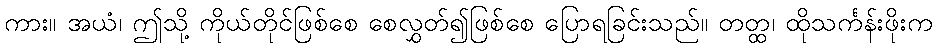
ကား။ အယံ၊ ဤသို့ ကိုယ်တိုင်ဖြစ်စေ စေလွှတ်၍ဖြစ်စေ ပြောရခြင်းသည်။ တတ္ထ၊ ထိုသင်္ကန်းဖိုးက